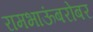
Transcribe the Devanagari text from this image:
रामभाऊंबरोबर